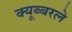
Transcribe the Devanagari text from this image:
क्यूब्बरले